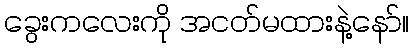
ခွေးကလေးကို အငတ်မထားနဲ့နော်။